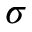
\sigma